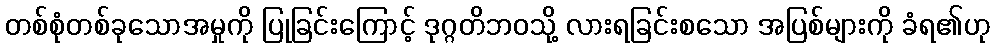
တစ်စုံတစ်ခုသောအမှုကို ပြုခြင်းကြောင့် ဒုဂ္ဂတိဘဝသို့ လားရခြင်းစသော အပြစ်များကို ခံရ၏ဟု